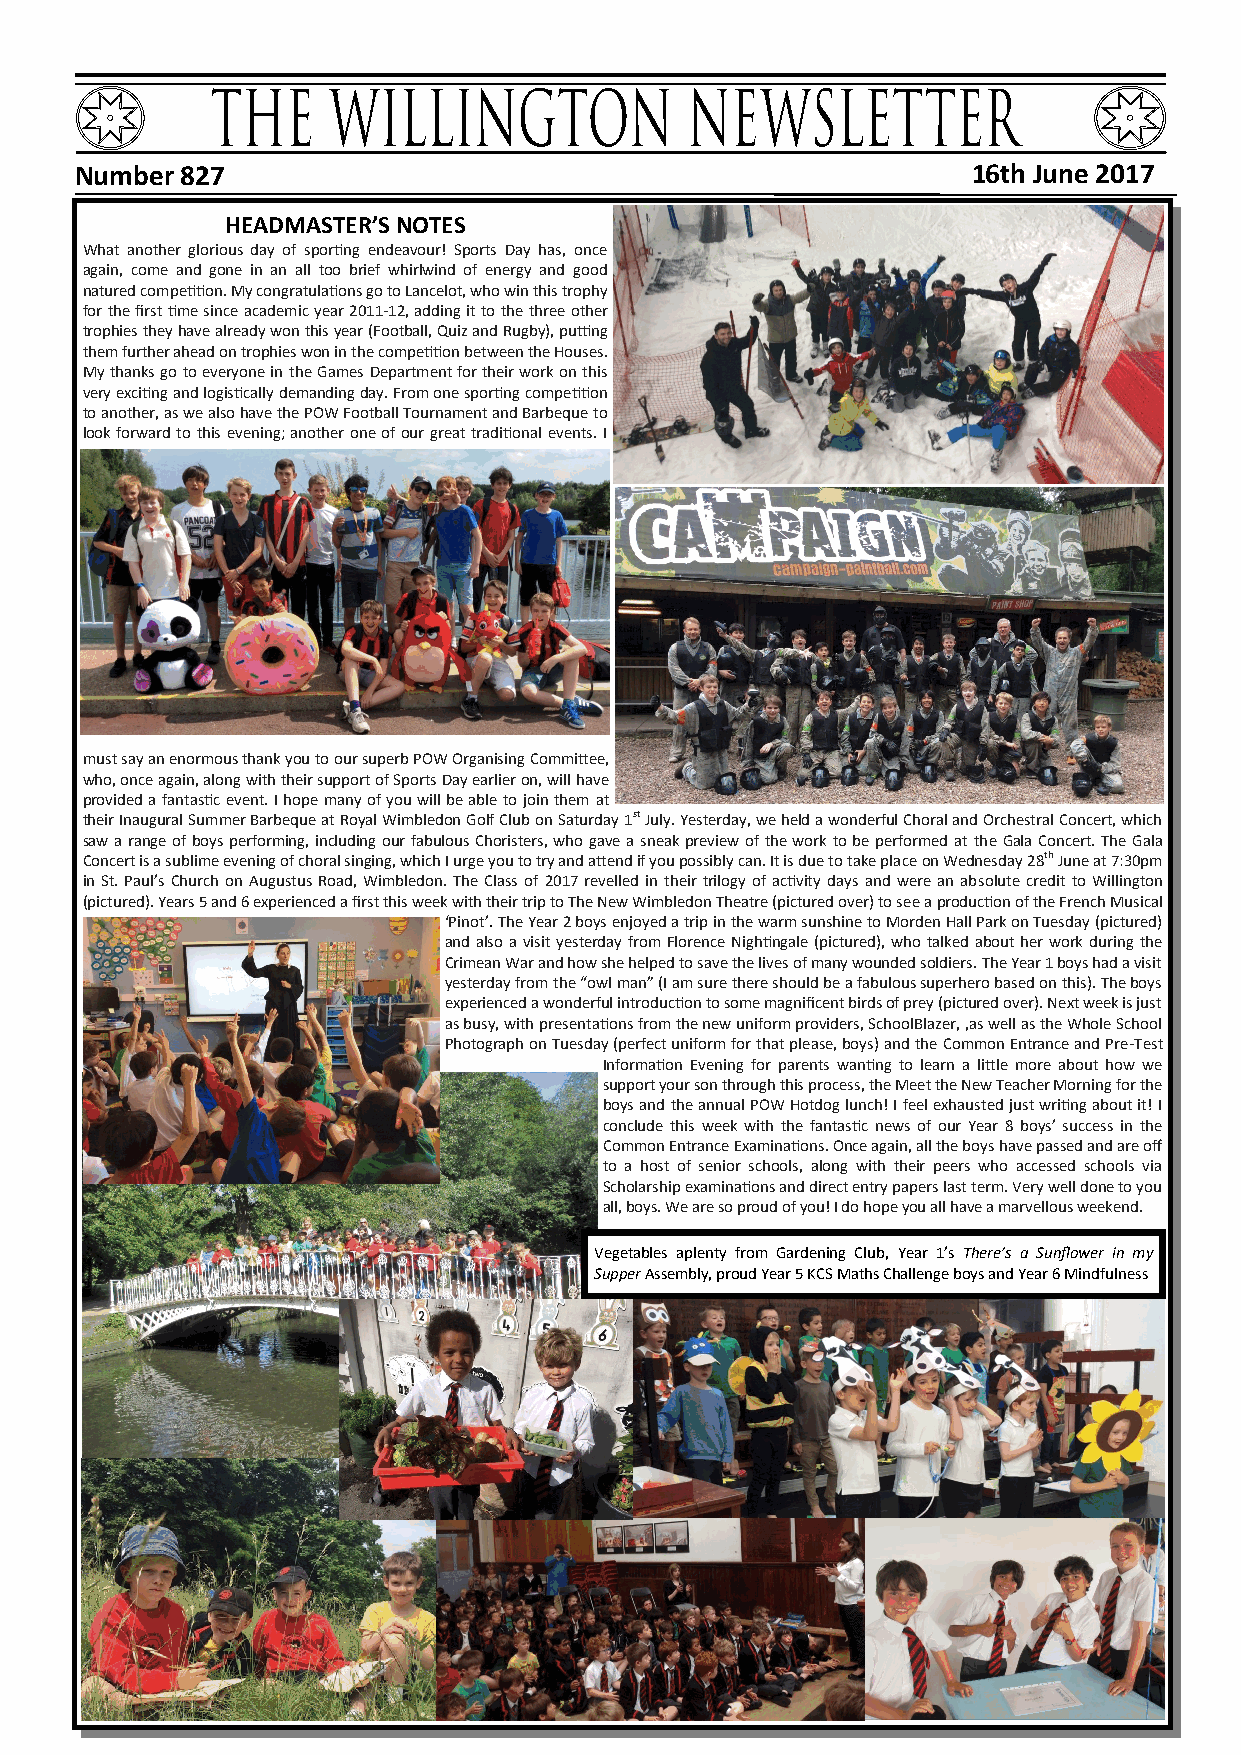
Number 827                                                 16th June 2017
 HEADMASTER’S NOTES
 What another glorious day of sporting endeavour! Sports Day has, once
 again, come and gone in an all too brief whirlwind of energy and good
 natured competition. My congratulations go to Lancelot, who win this trophy
 for the first time since academic year 2011-12, adding it to the three other
 trophies they have already won this year (Football, Quiz and Rugby), putting
 them further ahead on trophies won in the competition between the Houses.
 My thanks go to everyone in the Games Department for their work on this
 very exciting and logistically demanding day. From one sporting competition
 to another, as we also have the POW Football Tournament and Barbeque to
 look forward to this evening; another one of our great traditional events. I
 must say an enormous thank you to our superb POW Organising Committee,
 who, once again, along with their support of Sports Day earlier on, will have
 provided a fantastic event. I hope many of you will be able to join them at
 their Inaugural Summer Barbeque at Royal Wimbledon Golf Club on Saturday 1st July. Yesterday, we held a wonderful Choral and Orchestral Concert, which
 saw a range of boys performing, including our fabulous Choristers, who gave a sneak preview of the work to be performed at the Gala Concert. The Gala
 Concert is a sublime evening of choral singing, which I urge you to try and attend if you possibly can. It is due to take place on Wednesday 28th June at 7:30pm
 in St. Paul’s Church on Augustus Road, Wimbledon. The Class of 2017 revelled in their trilogy of activity days and were an absolute credit to Willington
 (pictured). Years 5 and 6 experienced a first this week with their trip to The New Wimbledon Theatre (pictured over) to see a production of the French Musical
 ‘Pinot’. The Year 2 boys enjoyed a trip in the warm sunshine to Morden Hall Park on Tuesday (pictured)
 and also a visit yesterday from Florence Nightingale (pictured), who talked about her work during the
 Crimean War and how she helped to save the lives of many wounded soldiers. The Year 1 boys had a visit
 yesterday from the “owl man” (I am sure there should be a fabulous superhero based on this). The boys
 experienced a wonderful introduction to some magnificent birds of prey (pictured over). Next week is just
 as busy, with presentations from the new uniform providers, SchoolBlazer, ,as well as the Whole School
 Photograph on Tuesday (perfect uniform for that please, boys) and the Common Entrance and Pre-Test
 Information Evening for parents wanting to learn a little more about how we
 support your son through this process, the Meet the New Teacher Morning for the
 boys and the annual POW Hotdog lunch! I feel exhausted just writing about it! I
 conclude this week with the fantastic news of our Year 8 boys’ success in the
 Common Entrance Examinations. Once again, all the boys have passed and are off
 to a host of senior schools, along with their peers who accessed schools via
 Scholarship examinations and direct entry papers last term. Very well done to you
 all, boys. We are so proud of you! I do hope you all have a marvellous weekend.
 Vegetables aplenty from Gardening Club, Year 1’s There’s a Sunflower in my
 Supper Assembly, proud Year 5 KCS Maths Challenge boys and Year 6 Mindfulness